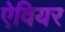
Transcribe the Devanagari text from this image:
ऐवियर